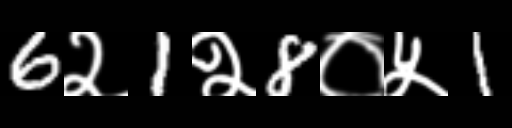
Text: 6२1२8०५1